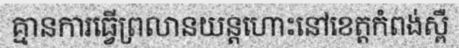
គ្មានការធ្វើព្រលានយន្តហោះនៅខេត្តកំពង់ស្ពឺ